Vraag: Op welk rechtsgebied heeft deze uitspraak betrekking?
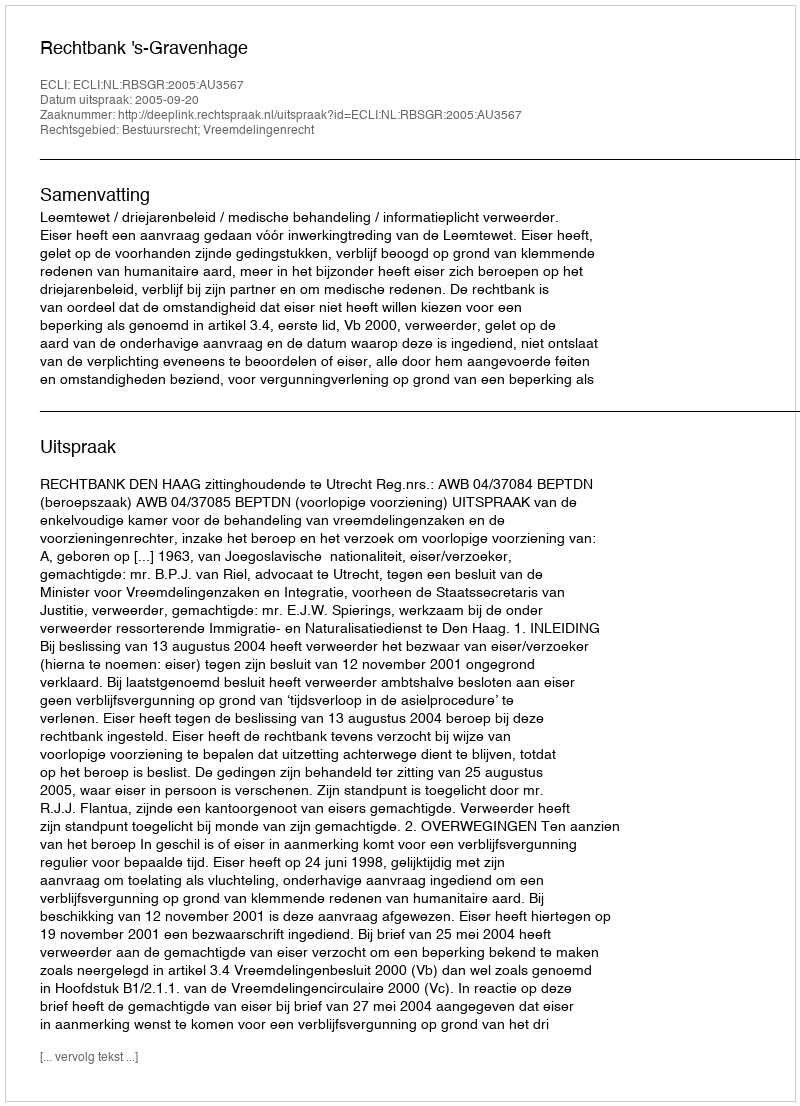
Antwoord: Bestuursrecht; Vreemdelingenrecht